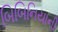
બિબિનિયાની